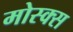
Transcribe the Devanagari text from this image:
मोस्क्स